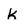
Character: k